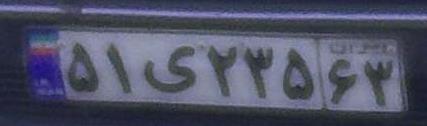
۵۱ی۲۳۵۶۳